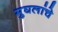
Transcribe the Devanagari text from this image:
मुघलांचे